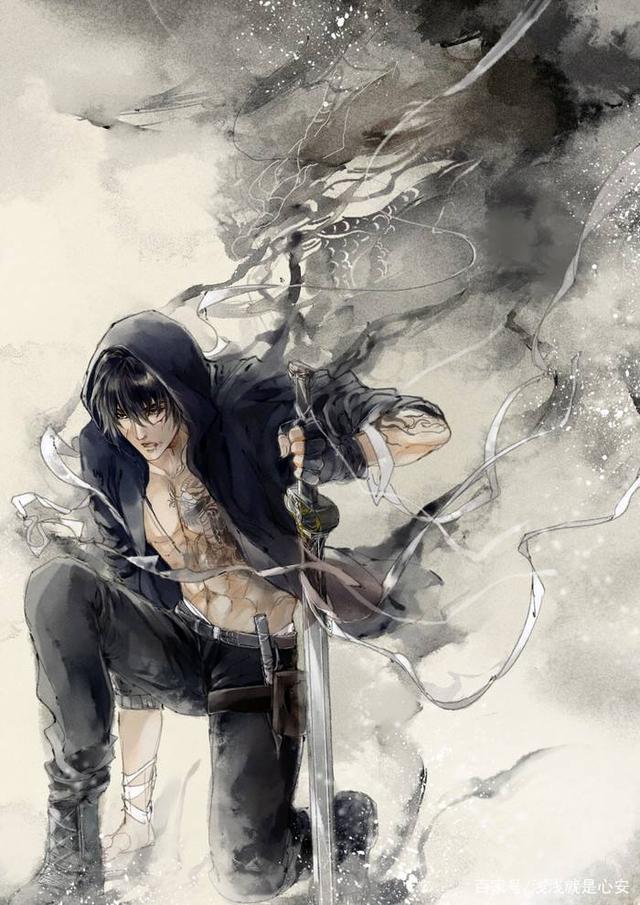
我今因病魂颠倒，唯梦闲人不梦君。